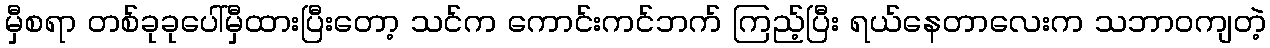
မှီစရာ တစ်ခုခုပေါ်မှီထားပြီးတော့ သင်က ကောင်းကင်ဘက် ကြည့်ပြီး ရယ်နေတာလေးက သဘာဝကျတဲ့